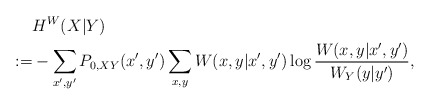
\begin{align*}&H^W(X|Y) \\:=& -\sum_{x',y'} P_{0,XY}(x',y')\sum_{x,y} W(x,y|x',y') \log \frac{W(x,y|x',y')}{W_Y(y|y')},\end{align*}